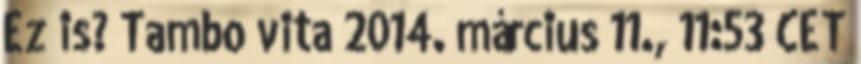
Ez is? Tambo vita 2014. március 11., 11:53 CET